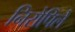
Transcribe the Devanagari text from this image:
निरोपिले